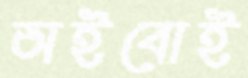
অইবোই